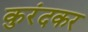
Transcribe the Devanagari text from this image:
कुरंदकर